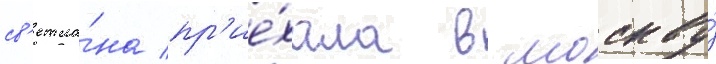
св'етла́на пр'ие́хала в москву́